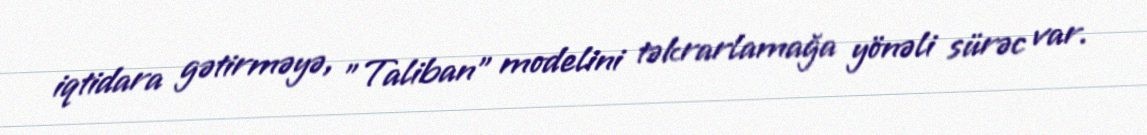
iqtidara gətirməyə, "Taliban" modelini təkrarlamağa yönəli sürəc var.